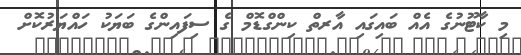
މި ކާޓޫނުގެ އެއް ބައިގައި އާރތް ކިންގްޑޮމް ގެ ސިފައިންގެ ބަޔަކު ހައްޔަރުކޮށް